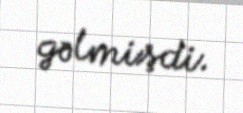
gəlmişdi.